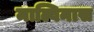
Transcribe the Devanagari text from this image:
माल्विनास